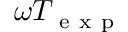
\omega T _ { \mathrm { ~ e ~ x ~ p ~ } }